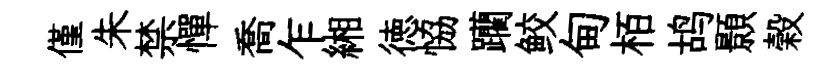
僅朱禁憚喬乍緗徳恊躪鲛甸栢鸪顥榖